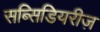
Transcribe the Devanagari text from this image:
सब्सिडियरीज़